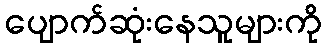
ပျောက်ဆုံးနေသူများကို